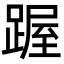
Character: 䠎